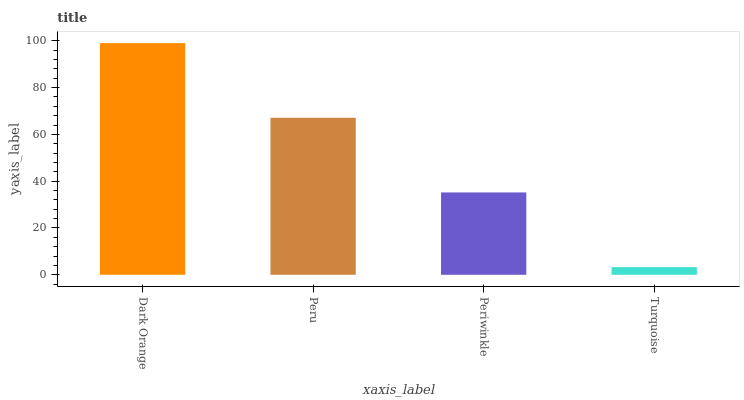
| xaxis_label | bars |
 | --- | --- |
 | Dark Orange | 99 |
 | Peru | 67.1 |
 | Periwinkle | 35.2 |
 | Turquoise | 3.28 |